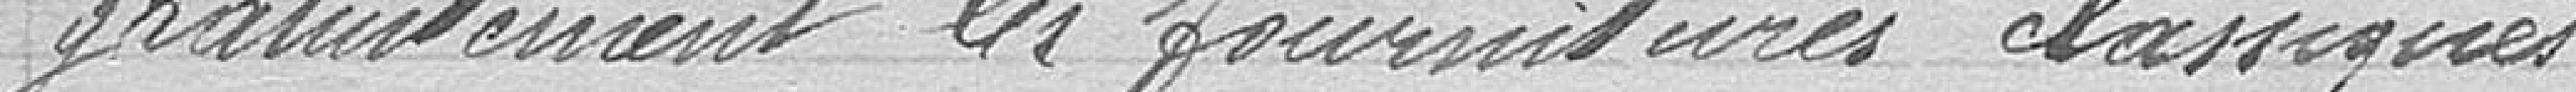
gratuitement les fournitures classiques.